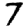
Digit: 7